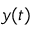
y ( t )